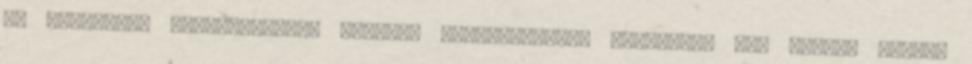
ha kedvesünk végignézheti, ahogyan önkielégítjük magunkat. Egy kisebb méretű